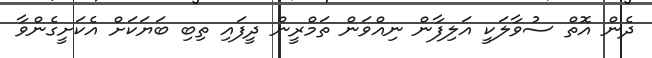
ދެން އޮތް ސުވާލަކީ އަލިފާން ނިއްވަން ތަމްރީން ދީފައި ތިބި ބަޔަކަށް އެކަށީގެންވާ